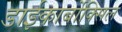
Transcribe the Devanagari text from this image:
डाईकार्बोक्सिल